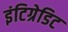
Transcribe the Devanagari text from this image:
इंटिग्रेडिट